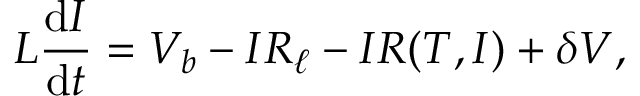
L \frac { \mathrm { d } I } { \mathrm { d } t } = V _ { b } - I R _ { \ell } - I R ( T , I ) + \delta V ,